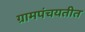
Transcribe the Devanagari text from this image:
ग्रामपंचयतीत